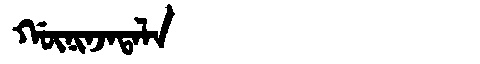
Manchu: ᡤᡡᠨᡳᠨᠵᠠᡨᠠᠯᠠ
Romanization: GŪNINJATALA